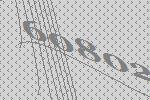
60802